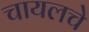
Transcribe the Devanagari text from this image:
चायलचे